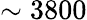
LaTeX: \sim 3800